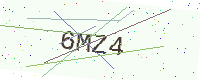
Text: 6MZ4